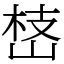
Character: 㟚